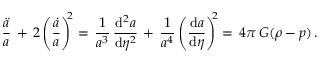
\frac { \ddot { a } } { a } \, + \, 2 \left( \frac { \dot { a } } { a } \right) ^ { \! \! 2 } = \, \frac { 1 } { a ^ { 3 } } \, \frac { \mathrm { d } ^ { 2 } a } { \mathrm { d } \eta ^ { 2 } } \, + \, \frac { 1 } { a ^ { 4 } } \left( \frac { \mathrm { d } a } { \mathrm { d } \eta } \right) ^ { \! \! 2 } = \, 4 \pi \, G ( \rho - p ) \, .